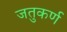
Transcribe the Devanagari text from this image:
जतुकर्ण